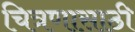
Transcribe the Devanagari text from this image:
चित्रणासाठी